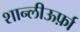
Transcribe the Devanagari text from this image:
शान्लीऊर्फ़ा